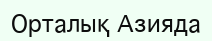
Орталық Азияда